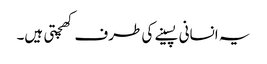
یہ انسانی پسینے کی طرف کھچتی ہیں۔